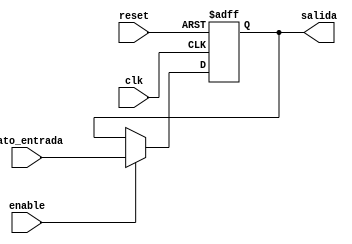
`timescale 1ns / 1ps
//////////////////////////////////////////////////////////////////////////////////
// Company: 
// Engineer: 
// 
// Design Name: 
// Module Name:    Registro_Pipeline 
// Project Name: 
// Target Devices: 
// Tool versions: 
// Description: 
//
// Dependencies: 
//
// Revision: 
// Revision 0.01 - File Created
// Additional Comments: 
//
//////////////////////////////////////////////////////////////////////////////////
module Registro_Pipeline#(parameter N = 16)
	(
		input wire clk, reset, enable, 
		input wire [N-1:0] dato_entrada, 
		output wire [N-1:0] salida 
    );
	 
reg [N-1:0] estado_actual ,estado_sgte; // Estados del registro.
                                

always@(posedge clk, posedge reset)

	if(reset)
		estado_actual <= 0; // Cuando la seal de reset est activa, el estado actual es igual a cero.
	else
		estado_actual <= estado_sgte; // Se actualiza el estado. 
		

always@*

   begin
	estado_sgte = estado_actual;
	
	if(enable) 
	   estado_sgte =  dato_entrada; // Se carga el dato de entrada.
	else 
	   estado_sgte = estado_actual; // Se mantiene igual el dato de salida.
	end 
	
assign salida = estado_actual ; // Se le asigna la a la salida el valor actual.

endmodule